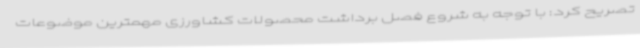
تصریح کرد: با توجه به شروع فصل برداشت محصولات کشاورزی مهمترین موضوعات